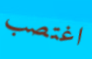
اغتصب